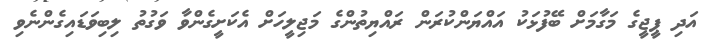
އަދި ޕީޖީގެ މަގާމަށް ބޭފުޅަކު އައްޔަންކުރަން ރައްޔިތުންގެ މަޖިލީހަށް އެކަށީގެންވާ ވަގުތު ލިބިވަޑައިގެންނެވި